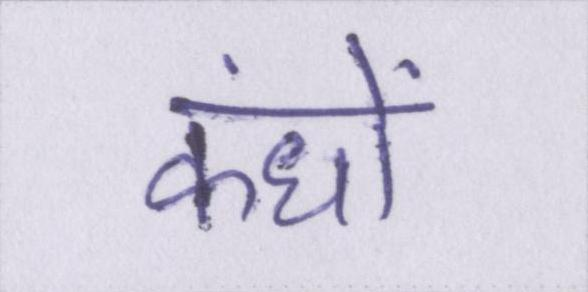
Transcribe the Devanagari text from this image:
कंधों